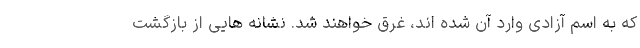
که به اسم آزادی وارد آن شده اند، غرق خواهند شد. نشانه هایی از بازگشت